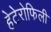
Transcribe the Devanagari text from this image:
हेटेरोफिली